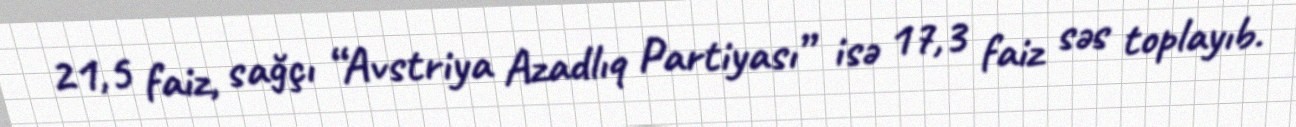
21,5 faiz, sağçı “Avstriya Azadlıq Partiyası” isə 17,3 faiz səs toplayıb.